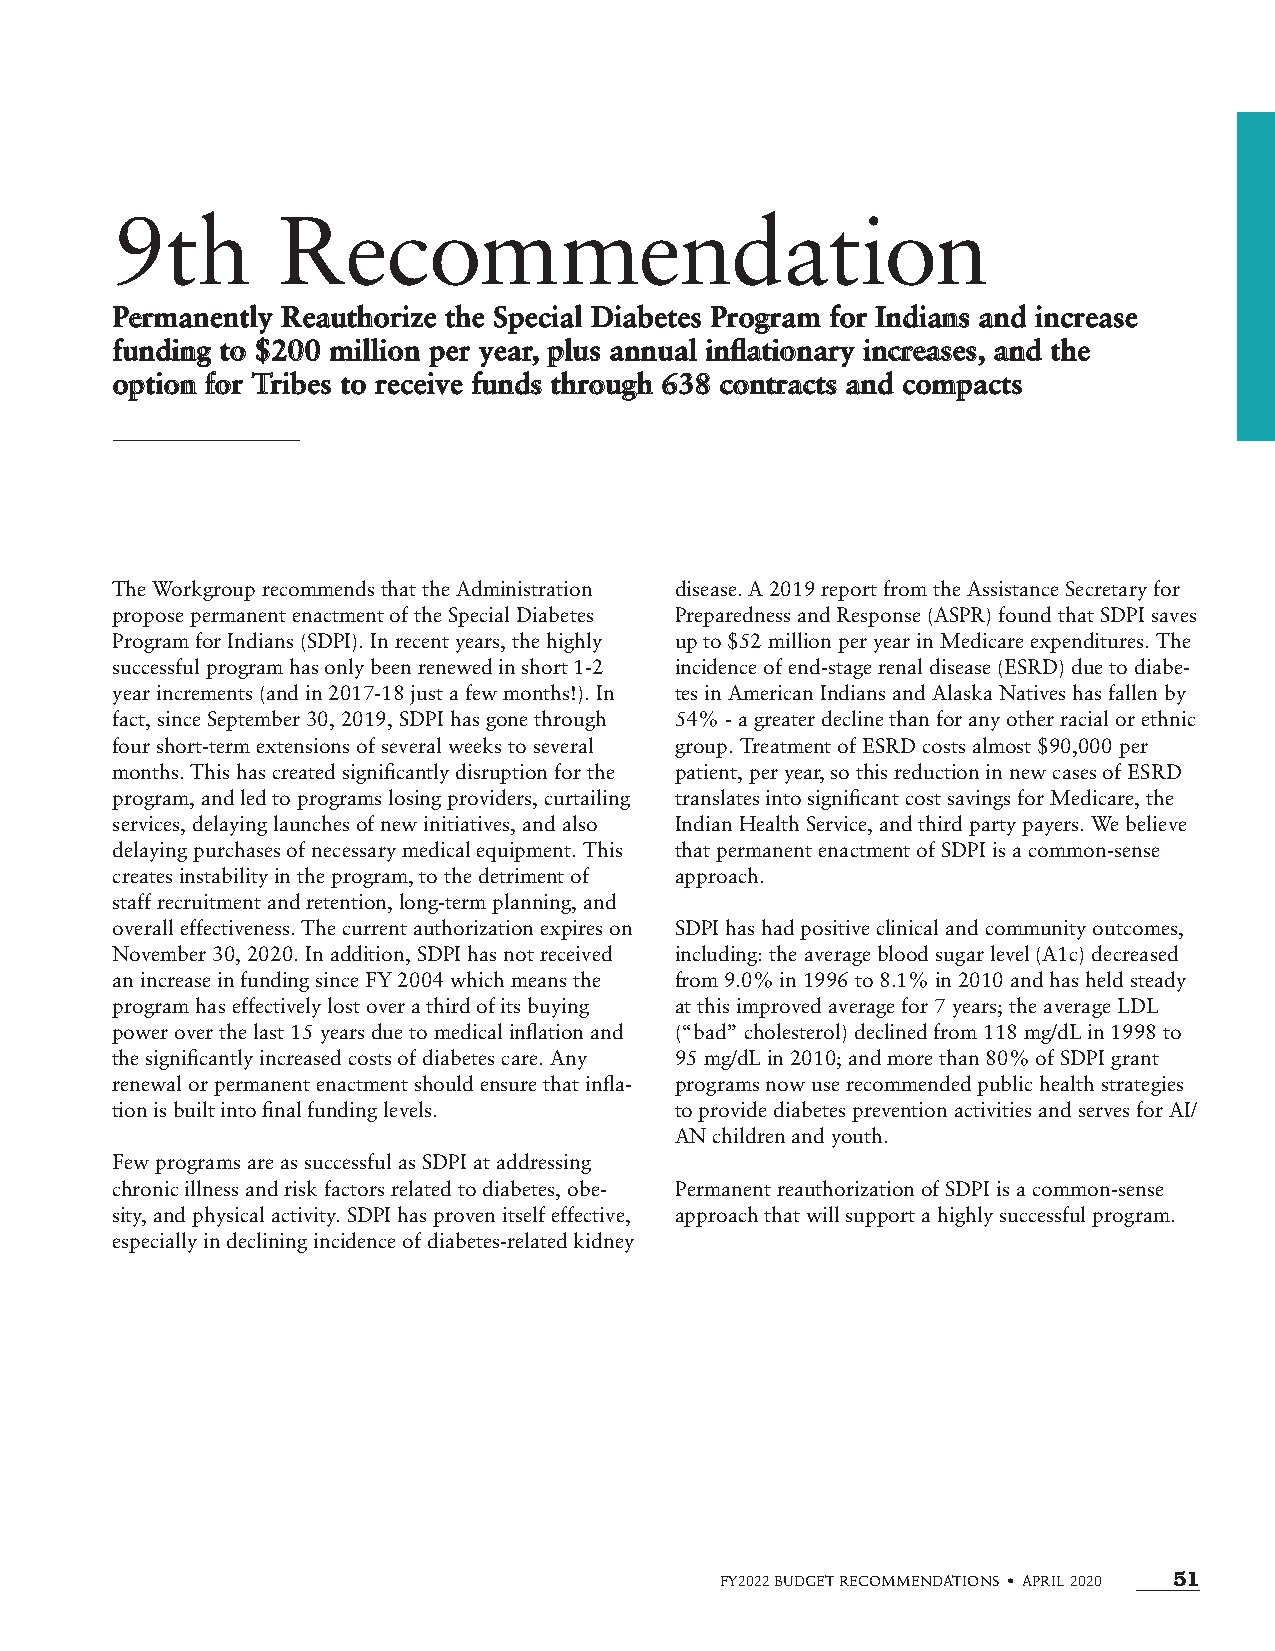
9th        Recommendation
 PPeerrmmaanneennttllyy RReeaauutthhoorriizzee tthhee SSppeecciiaall DDiiaabbeetteess PPrrooggrraamm ffoorr IInnddiiaannss aanndd iinnccrreeaassee
 ffuunnddiinngg ttoo $$220000 mmiilllliioonn ppeerr yyeeaarr,, pplluuss aannnnuuaall iinnflflaattiioonnaarryy iinnccrreeaasseess,, aanndd tthhee
 ooppttiioonn ffoorr TTrriibbeess ttoo rreecceeiivvee ffuunnddss tthhrroouugghh 663388 ccoonnttrraaccttss aanndd ccoommppaaccttss
 The Workgroup recommends that the Administration disease. A 2019 report from the Assistance Secretary for
 propose permanent enactment of the Special Diabetes Preparedness and Response (ASPR) found that SDPI saves
 Program for Indians (SDPI). In recent years, the highly up to $52 million per year in Medicare expenditures. The
 successful program has only been renewed in short 1-2 incidence of end-stage renal disease (ESRD) due to diabe-
 year increments (and in 2017-18 just a few months!). In tes in American Indians and Alaska Natives has fallen by
 fact, since September 30, 2019, SDPI has gone through 54% - a greater decline than for any other racial or ethnic
 four short-term extensions of several weeks to several group. Treatment of ESRD costs almost $90,000 per
 months. This has created significantly disruption for the patient, per year, so this reduction in new cases of ESRD
 program, and led to programs losing providers, curtailing translates into significant cost savings for Medicare, the
 services, delaying launches of new initiatives, and also Indian Health Service, and third party payers. We believe
 delaying purchases of necessary medical equipment. This that permanent enactment of SDPI is a common-sense
 creates instability in the program, to the detriment of approach.
 staff recruitment and retention, long-term planning, and
 overall effectiveness. The current authorization expires on SDPI has had positive clinical and community outcomes,
 November 30, 2020. In addition, SDPI has not received including: the average blood sugar level (A1c) decreased
 an increase in funding since FY 2004 which means the from 9.0% in 1996 to 8.1% in 2010 and has held steady
 program has effectively lost over a third of its buying at this improved average for 7 years; the average LDL
 power over the last 15 years due to medical inflation and (“bad” cholesterol) declined from 118 mg/dL in 1998 to
 the significantly increased costs of diabetes care. Any 95 mg/dL in 2010; and more than 80% of SDPI grant
 renewal or permanent enactment should ensure that infla- programs now use recommended public health strategies
 tion is built into final funding levels. to provide diabetes prevention activities and serves for AI/
 AN children and youth.
 Few programs are as successful as SDPI at addressing
 chronic illness and risk factors related to diabetes, obe- Permanent reauthorization of SDPI is a common-sense
 sity, and physical activity. SDPI has proven itself effective, approach that will support a highly successful program.
 especially in declining incidence of diabetes-related kidney
 FY2022 BUDGET RECOMMENDATIONS • APRIL 2020 51